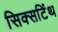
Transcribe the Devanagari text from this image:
सिक्सटिंथ